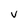
Character: V